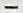
-